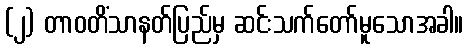
(၂) တာဝတိံသာနတ်ပြည်မှ ဆင်းသက်တော်မူသောအခါ။